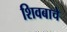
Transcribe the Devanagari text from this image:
शिवबाचे